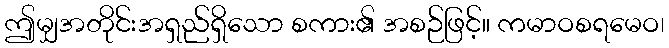
ဤမျှအတိုင်းအရှည်ရှိသော စကား၏ အစဉ်ဖြင့်။ ကမာဝစရမေဝ၊